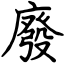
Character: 廢